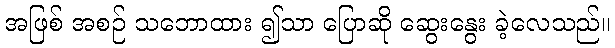
အဖြစ် အစဉ် သဘောထား ၍သာ ပြောဆို ဆွေးနွေး ခဲ့လေသည်။